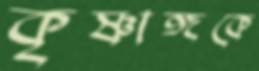
কৃষ্ণাঙ্গকে